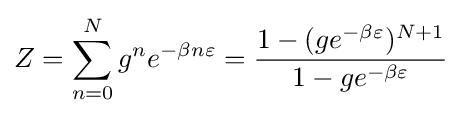
Z=\sum _{n=0}^{N}g^{n}e^{-\beta n\varepsilon }={\frac {1-(ge^{-\beta \varepsilon })^{N+1}}{1-ge^{-\beta \varepsilon }}}